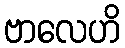
ဗာလေဟိ